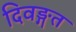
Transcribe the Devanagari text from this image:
दिवङ्गत